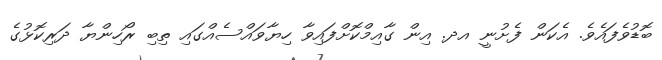
ބޮޑުވެފައެވެ. އެކަން ފެށުނީ އދ. އިން ގާއިމްކޮށްފައިވާ ހިޔާވައްސެއްގައި ތިބި ރޯހިންޔާ ދަރިކޮޅުގެ